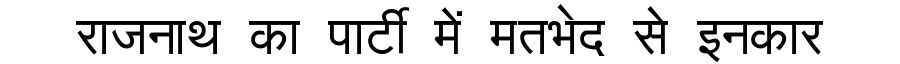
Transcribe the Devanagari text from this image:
राजनाथ का पार्टी में मतभेद से इनकार